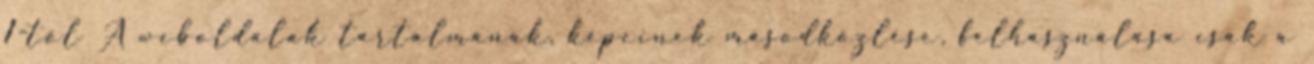
1-től A weboldalak tartalmának, képeinek másodközlése, felhasználása csak a